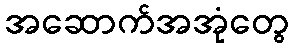
အဆောက်အအုံတွေ